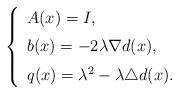
LaTeX: \begin{align*}\left \{ \begin{array}{lll} A(x)=I, \medskip\\b(x)=-2\lambda \nabla d(x), \medskip\\q(x)=\lambda^2-\lambda\triangle d(x).\end{array}\right. \end{align*}